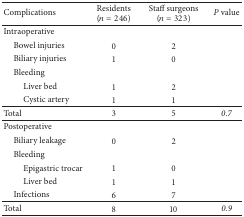
<table><thead><tr><td><b>Complications</b></td><td><b>Residents (<i>n</i> = 246)</b></td><td><b>Staff surgeons (<i>n</i> = 323)</b></td><td><b><i>P</i> value</b></td></tr></thead><tbody><tr><td>Intraoperative</td><td> </td><td> </td><td> </td></tr><tr><td> Bowel injuries</td><td>0</td><td>2</td><td> </td></tr><tr><td> Biliary injuries</td><td>1</td><td>0</td><td> </td></tr><tr><td> Bleeding</td><td> </td><td> </td><td> </td></tr><tr><td>Liver bed</td><td>1</td><td>2</td><td> </td></tr><tr><td>Cystic artery</td><td>1</td><td>1</td><td> </td></tr><tr><td>Total</td><td>3</td><td>5</td><td><i>0.7 </i></td></tr><tr><td>Postoperative</td><td> </td><td> </td><td> </td></tr><tr><td> Biliary leakage</td><td>0</td><td>2</td><td> </td></tr><tr><td> Bleeding</td><td> </td><td> </td><td> </td></tr><tr><td>Epigastric trocar</td><td>1</td><td>0</td><td> </td></tr><tr><td>Liver bed</td><td>1</td><td>1</td><td> </td></tr><tr><td> Infections</td><td>6</td><td>7</td><td> </td></tr><tr><td>Total</td><td>8</td><td>10</td><td><i>0.9 </i></td></tr></tbody></table>